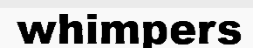
whimpers